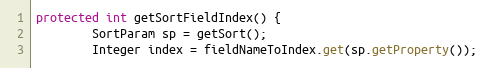
Language: Java
protected int getSortFieldIndex() {
        SortParam sp = getSort();
        Integer index = fieldNameToIndex.get(sp.getProperty());